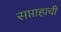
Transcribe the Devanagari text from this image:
सप्ताहाची